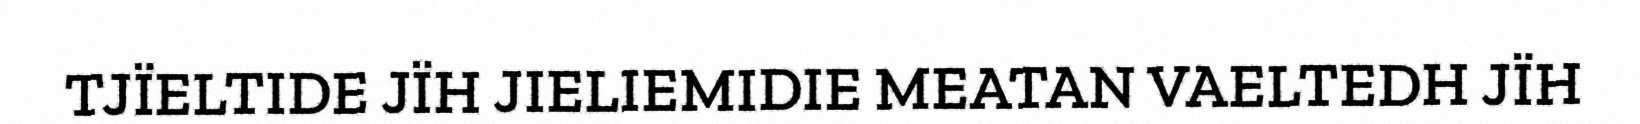
TJÏELTIDE JÏH JIELIEMIDIE MEATAN VAELTEDH JÏH